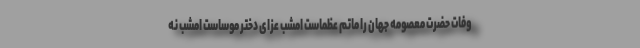
وفات حضرت معصومه جهان را ماتم عظماست امشب عزای دختر موساست امشب نه